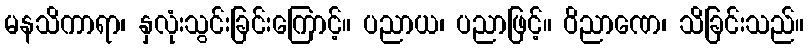
မနသိကာရာ၊ နှလုံးသွင်းခြင်းကြောင့်။ ပညာယ၊ ပညာဖြင့်။ ဝိညာဏေ၊ သိခြင်းသည်။